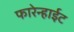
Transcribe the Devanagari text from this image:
फारेन्हाईट